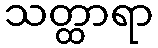
သတ္ထာရာ